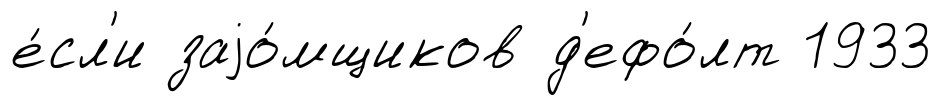
е́сл'и заjо́мщиков д'ефо́лт 1933